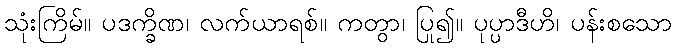
သုံးကြိမ်။ ပဒက္ခိဏ၊ လက်ယာရစ်။ ကတွာ၊ ပြု၍။ ပုပ္ပာဒီဟိ၊ ပန်းစသော